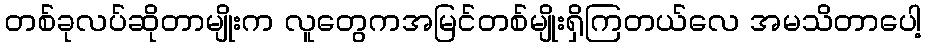
တစ်ခုလပ်ဆိုတာမျိုးက လူတွေကအမြင်တစ်မျိုးရှိကြတယ်လေ အမသိတာပေါ့